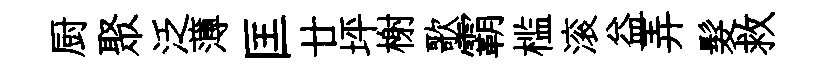
厨聚泛薄匡廿坪榭歌霸槛滚益弄髮救